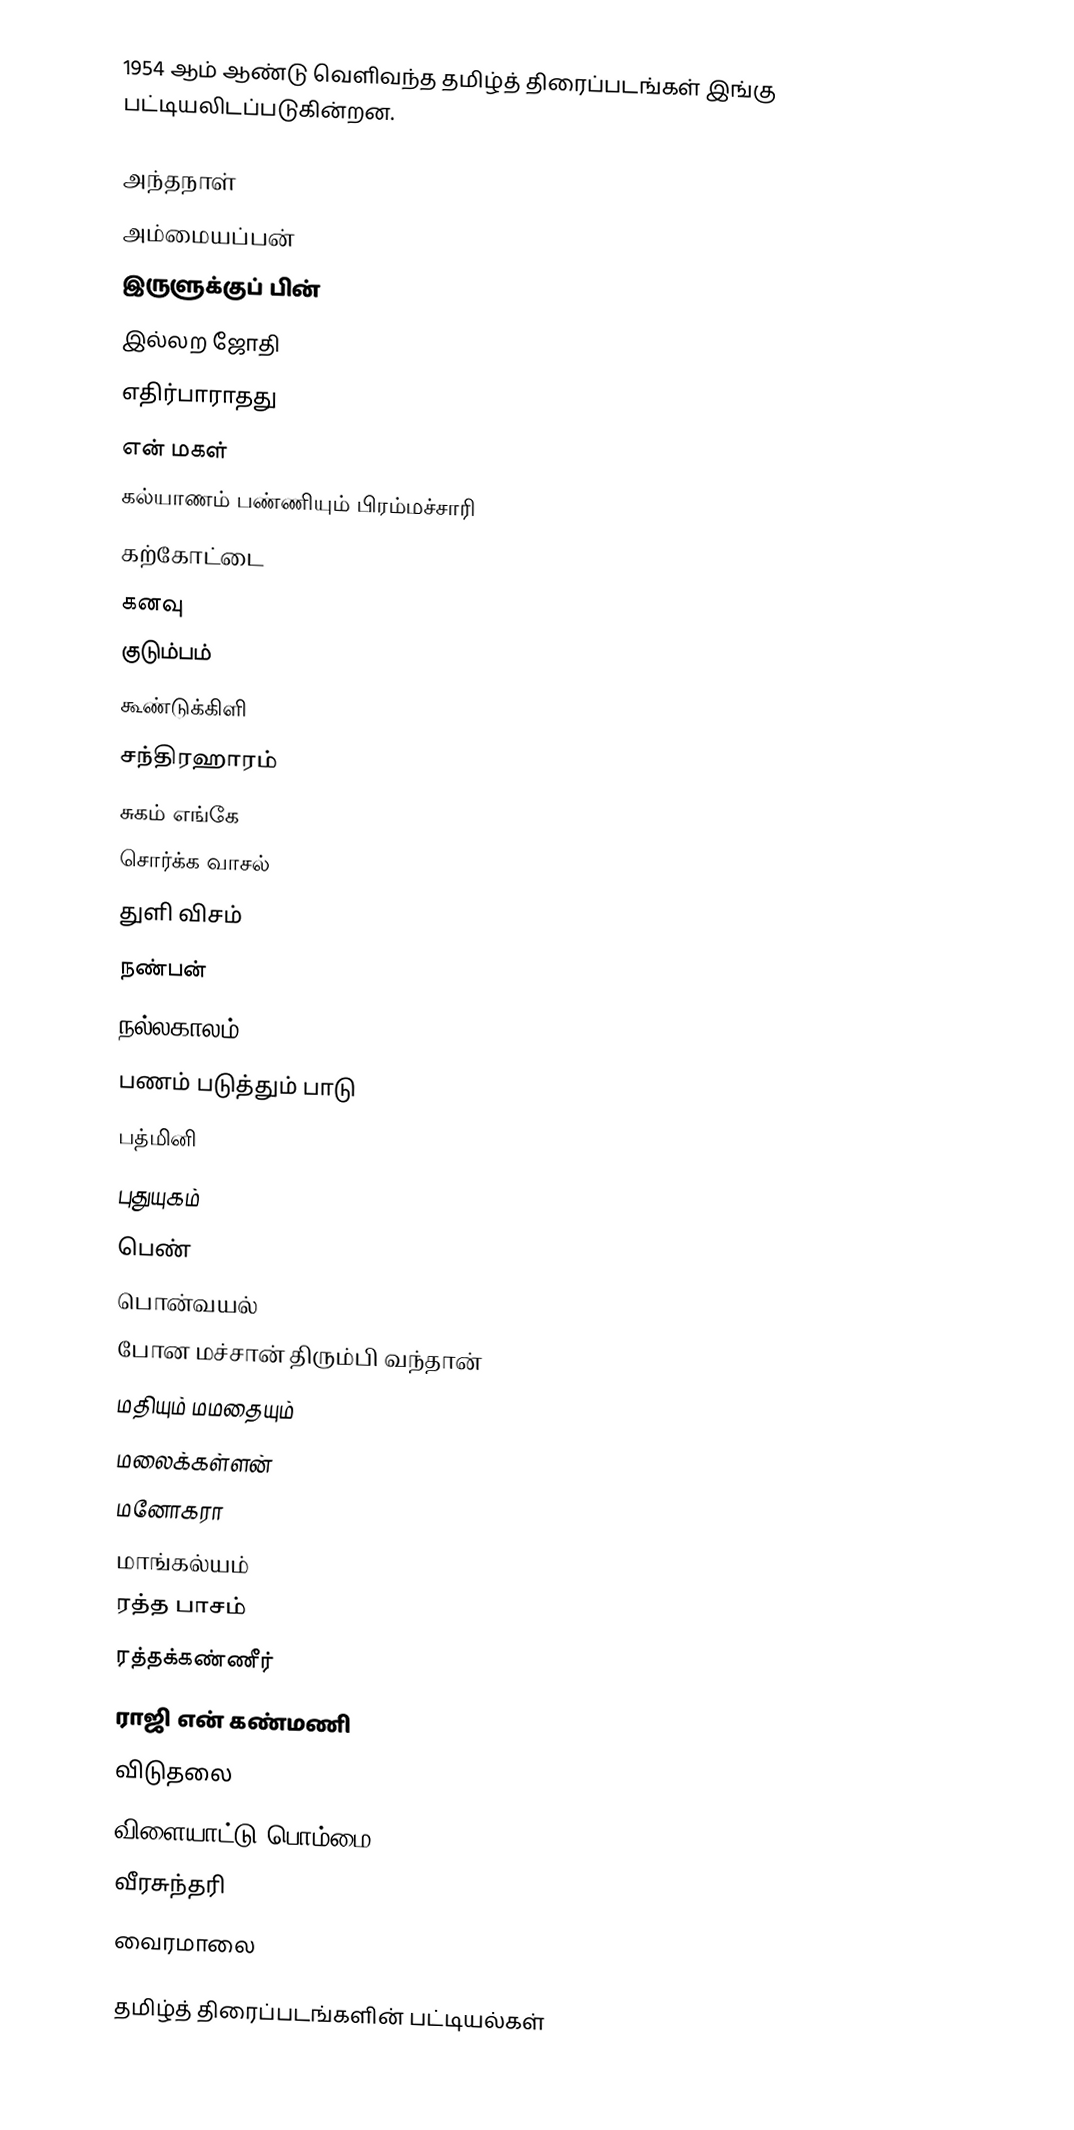
1954 ஆம் ஆண்டு வெளிவந்த தமிழ்த் திரைப்படங்கள் இங்கு பட்டியலிடப்படுகின்றன.

 அந்தநாள்
 அம்மையப்பன்
 இருளுக்குப் பின்
 இல்லற ஜோதி
 எதிர்பாராதது
 என் மகள்
 கல்யாணம் பண்ணியும் பிரம்மச்சாரி
 கற்கோட்டை
 கனவு
 குடும்பம்
 கூண்டுக்கிளி
 சந்திரஹாரம்
 சுகம் எங்கே
 சொர்க்க வாசல்
 துளி விசம்
 நண்பன்
 நல்லகாலம்
 பணம் படுத்தும் பாடு
 பத்மினி
 புதுயுகம்
 பெண்
 பொன்வயல்
 போன மச்சான் திரும்பி வந்தான்
 மதியும் மமதையும்
 மலைக்கள்ளன்
 மனோகரா
 மாங்கல்யம்
 ரத்த பாசம்
 ரத்தக்கண்ணீர்
 ராஜி என் கண்மணி
 விடுதலை
 விளையாட்டு பொம்மை
 வீரசுந்தரி
 வைரமாலை

தமிழ்த் திரைப்படங்களின் பட்டியல்கள்